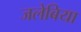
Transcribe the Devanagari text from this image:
जलेबिया